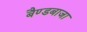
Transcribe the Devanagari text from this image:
बैण्डबाजा